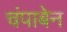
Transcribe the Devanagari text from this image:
चंपाबेन